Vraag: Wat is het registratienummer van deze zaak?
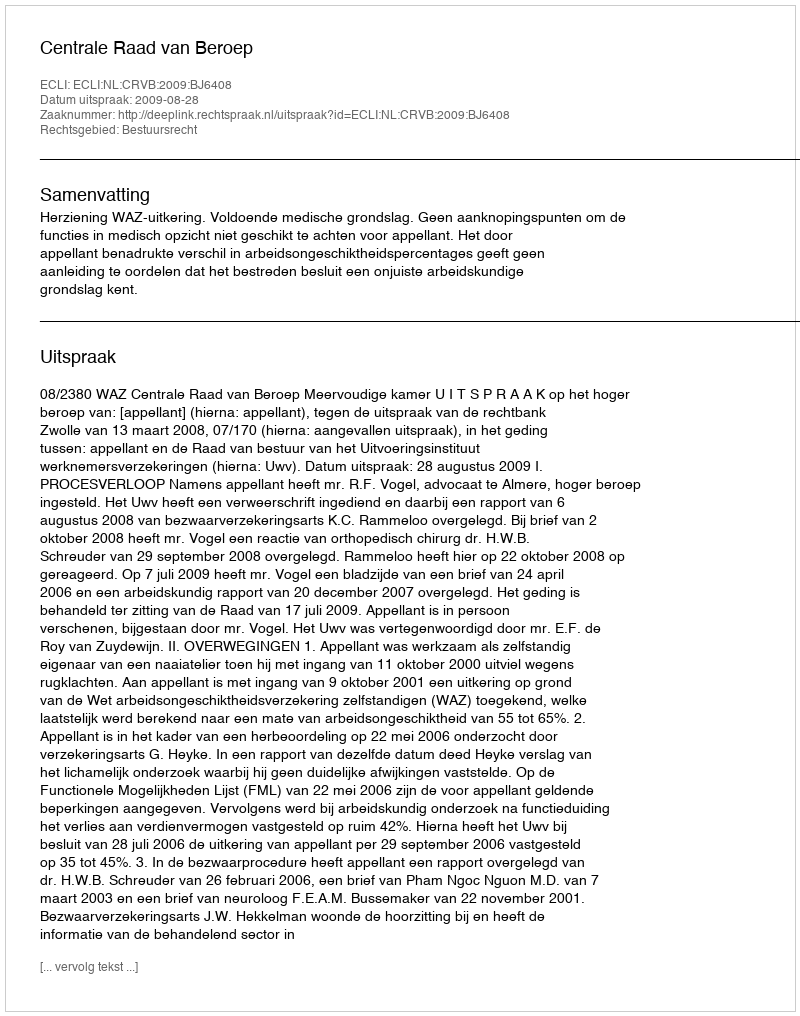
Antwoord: http://deeplink.rechtspraak.nl/uitspraak?id=ECLI:NL:CRVB:2009:BJ6408